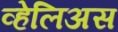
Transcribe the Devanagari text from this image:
व्हेलिअस